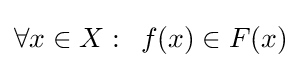
\forall x\in X:\,\,\,f(x)\in F(x)